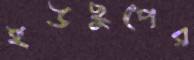
ইউছুপের